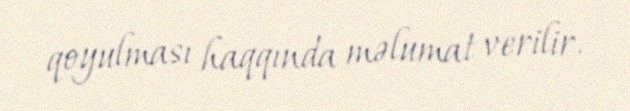
qoyulması haqqında məlumat verilir.